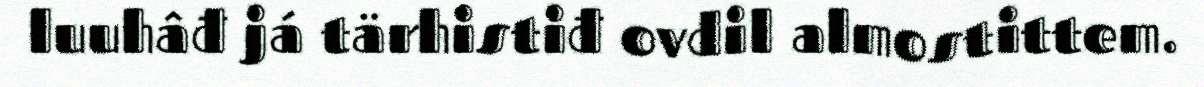
luuhâđ já tärhistiđ ovdil almostittem.